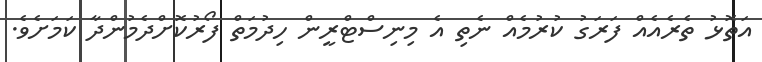
އަތޮޅު ތެރެއެއް ފަރަގު ކުރުމެއް ނެތި އެ މިނިސްޓްރީން ހިދުމަތް ފޯރުކޮށްދެމުންދާ ކަމަށެވެ.